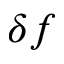
\delta f